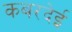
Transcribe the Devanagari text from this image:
कबरदेई